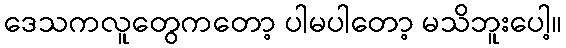
ဒေသကလူတွေကတော့ ပါမပါတော့ မသိဘူးပေါ့။